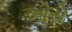
ઓરો